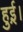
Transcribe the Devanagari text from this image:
हुई़़।